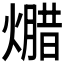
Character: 𱬕